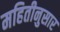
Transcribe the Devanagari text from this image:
महितीनुसार